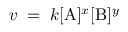
v \; = \; k [ \mathrm { A } ] ^ { x } [ \mathrm { B } ] ^ { y }